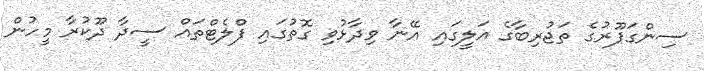
ސިންގަޕޫރުގެ ތަޖުރިބާގެ އަލީގައި އޭނާ ވިދާޅުވި ގޮތުގައި ފްލެޓްތައް ސީދާ ދޫކުރާ މީހުން